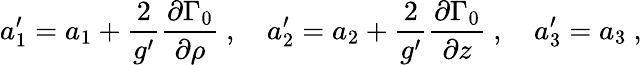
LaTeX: a_{1}^{\prime}=a_{1}+{\frac{2}{g^{\prime}}}{\frac{\partial\Gamma_{0}}{\partial\rho}}\ ,\quad a_{2}^{\prime}=a_{2}+{\frac{2}{g^{\prime}}}{\frac{\partial\Gamma_{0}}{\partial z}}\ ,\quad a_{3}^{\prime}=a_{3}\ ,